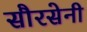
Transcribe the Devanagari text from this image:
सौरसेनी